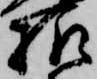
様